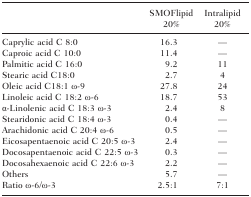
|  | SMOFlipid 20% | Intralipid 20% |
 | --- | --- | --- |
 | Caprylic acid C 8:0 | 16.3 | — |
 | Caproic acid C 10:0 | 11.4 | — |
 | Palmitic acid C 16:0 | 9.2 | 11 |
 | Stearic acid C18:0 | 2.7 | 4 |
 | Oleic acid C18:1 ω-9 | 27.8 | 24 |
 | Linoleic acid C 18:2 ω-6 | 18.7 | 53 |
 | α-Linolenic acid C 18:3 ω-3 | 2.4 | 8 |
 | Stearidonic acid C 18:4 ω-3 | 0.4 | — |
 | Arachidonic acid C 20:4 ω-6 | 0.5 | — |
 | Eicosapentaenoic acid C 20:5 ω-3 | 2.4 | — |
 | Docosapentaenoic acid C 22:5 ω-3 | 0.3 | — |
 | Docosahexaenoic acid C 22:6 ω-3 | 2.2 | — |
 | Others | 5.7 | — |
 | Ratio ω-6/ω-3 | 2.5:1 | 7:1 |